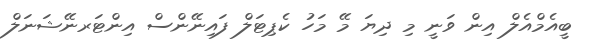
ބީއެމްއެލް އިން ވަނީ މި ދިޔަ މޭ މަހު ކެޕިޓަލް ފައިނޭންސް އިންޓަރނޭޝަނަލް